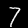
Digit: 7